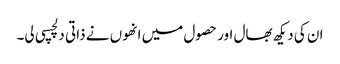
ان کی دیکھ بھال اور حصول میں انھوں نے ذاتی دلچسپی لی۔